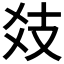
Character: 𢺽